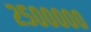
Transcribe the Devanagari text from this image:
२५०००००